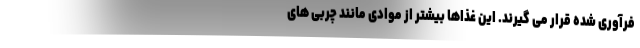
فرآوری شده قرار می گیرند. این غذاها بیشتر از موادی مانند چربی های